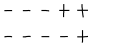
\begin{array} { c } { { --- + + } } \\ { { --- - + } } \\ \end{array}